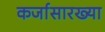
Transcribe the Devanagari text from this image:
कर्जासारख्या